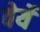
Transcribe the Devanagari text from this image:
वेर्ये